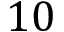
1 0